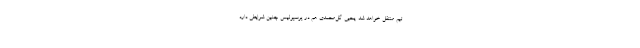
تیم منتقل خواهد شد. یحیی گل‌محمدی هم در پرسپولیس چنین شرایطی دارد.